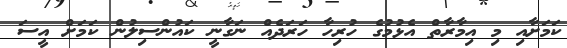
ކަމަށާއި މި އިމާރާތް އެޅުމުގެ ހުރިހާ ހަރަދެއް ނަގާނީ ކައުންސިލުން ކަމަށް އީސަ